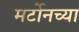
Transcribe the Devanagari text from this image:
मर्टोनच्या